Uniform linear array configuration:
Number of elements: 4
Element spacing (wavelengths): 1
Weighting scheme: hann
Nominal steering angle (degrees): -45
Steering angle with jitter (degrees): -44.618
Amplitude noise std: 0.05
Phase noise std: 0.05

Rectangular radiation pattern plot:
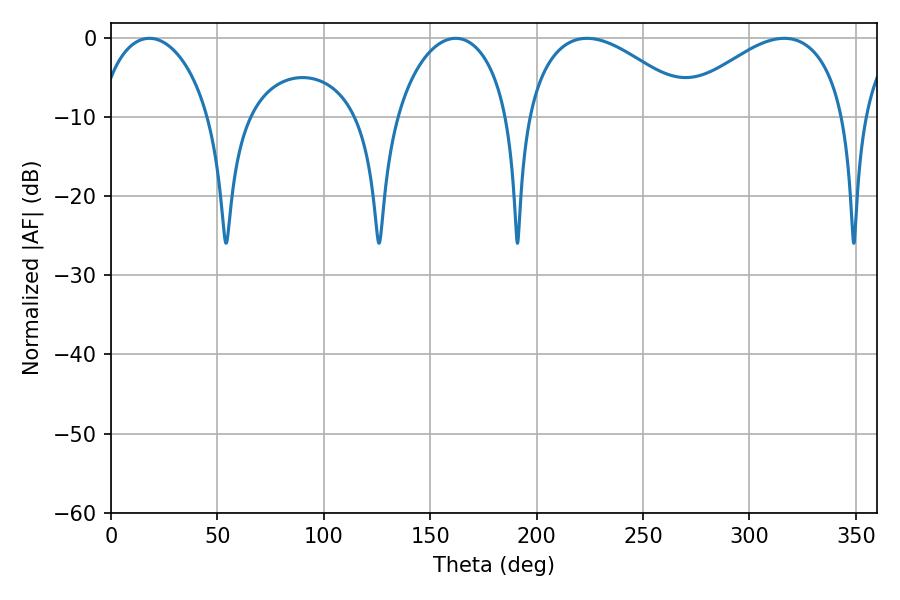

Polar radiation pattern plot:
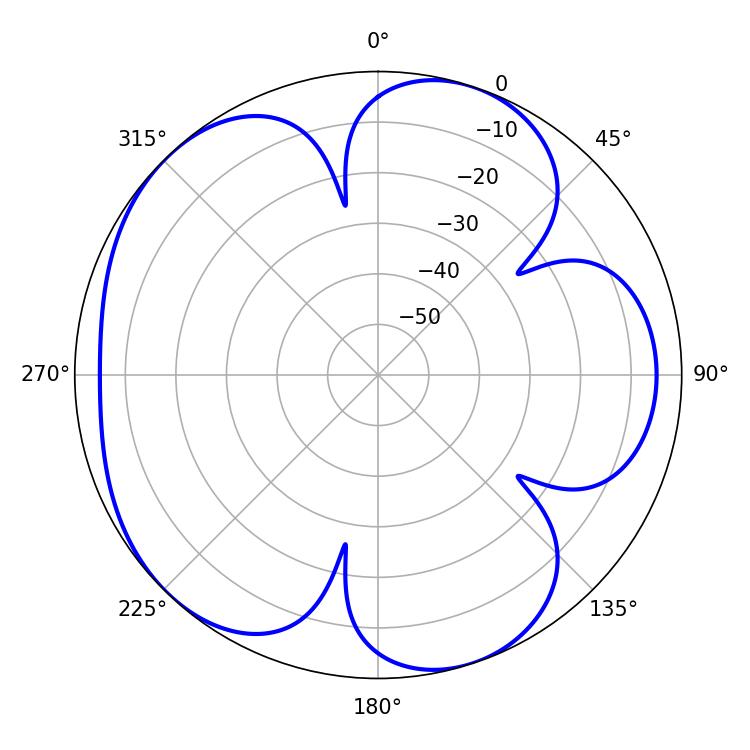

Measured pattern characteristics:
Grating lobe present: TRUE
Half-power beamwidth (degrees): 30.6
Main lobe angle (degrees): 18